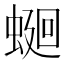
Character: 𧍚